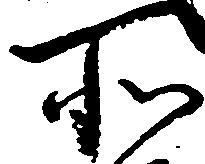
所